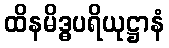
ထိနမိဒ္ဓပရိယုဋ္ဌာနံ